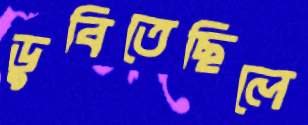
ডুবিতেছিলে